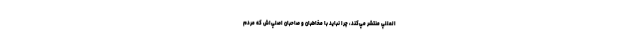
المللي منتشر مي‌كند، چرا نبايد با مخاطبان و صاحبان اصلي‌اش كه مردم